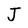
Character: J